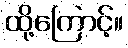
ထို့ကြောင့်။